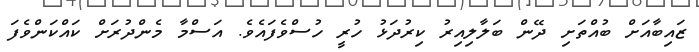
ޒައިބާއަށް ބުއްތަށި ދޭން ބަލާލިއިރު ކިރުދަޅު ހުރީ ހުސްވެފައެވެ. އަސްމާ މެންދުރަށް ކައްކަންވެފަ